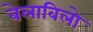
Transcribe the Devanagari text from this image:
बेलाबिलो